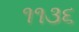
૧૧૩૬